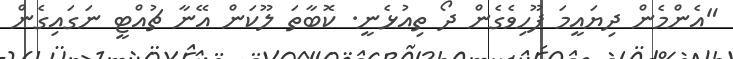
"އެންމެން ދިޔައީމަ ފޫހިވެގެން ދޯ ތިއުޅެނީ. ކޮބާތަ ލޫކަން އޭނާ ޗުއްޓީ ނަގައިގެން